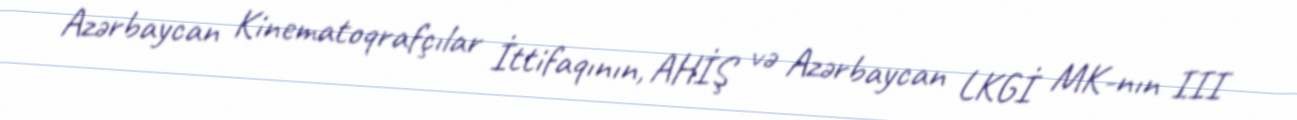
Azərbaycan Kinematoqrafçılar İttifaqının, AHİŞ və Azərbaycan LKGİ MK-nın III